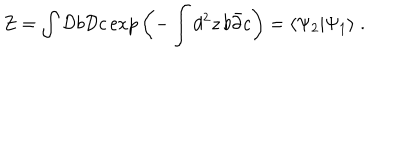
LaTeX: Z = \int { \cal D } b { \cal D } c \exp { \left( - \int d ^ { 2 } z \, b \bar { \partial } c \right) } = \langle \Psi _ { 2 } | \Psi _ { 1 } \rangle \; .